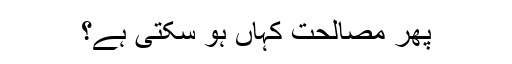
پھر مصالحت کہاں ہو سکتی ہے؟